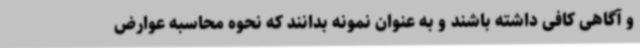
و آگاهی کافی داشته باشند و به عنوان نمونه بدانند که نحوه محاسبه عوارض